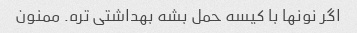
اگر نونها با کیسه حمل بشه بهداشتی تره. ممنون